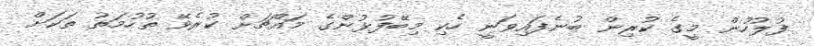
ފުލުހުން މީގެ ކުރިން ބުނެފައިވަނީ ހެކި މިބޭފުޅުންގެ މައްޗަށް ކުރެވޭ ތުހުމަތު ތަކަށް